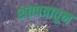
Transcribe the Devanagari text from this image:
शतपत्रातून